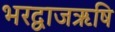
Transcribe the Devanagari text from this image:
भरद्वाजऋषि